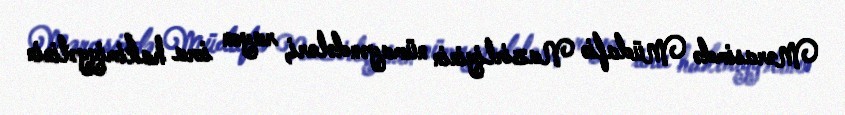
Mərasimdə Müdafiə Nazirliyinin nümayəndələri, rayon icra hakimiyyətinin